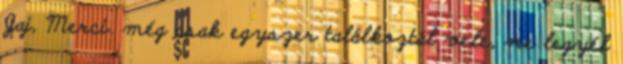
Jaj, Merci. még csak egyszer találkoztál vele, ne legyél